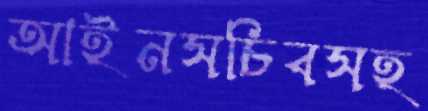
আইনসচিবসহ